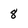
Character: 8